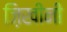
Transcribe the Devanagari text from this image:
ज़िखीनी